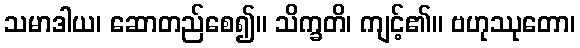
သမာဒါယ၊ ဆောတည်စေ၍။ သိက္ခတိ၊ ကျင့်၏။ ဗဟုဿုတော၊